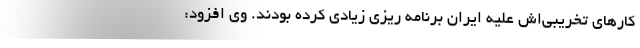
کارهای تخریبی‌اش علیه ایران برنامه ریزی زیادی کرده بودند. وی افزود: